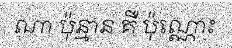
ណា ប៉ុន្មាន គឺ ប៉ុណ្ណោះ